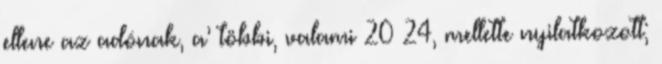
ellene az adónak, a’ többi, valami 20–24, mellette nyilatkozott;